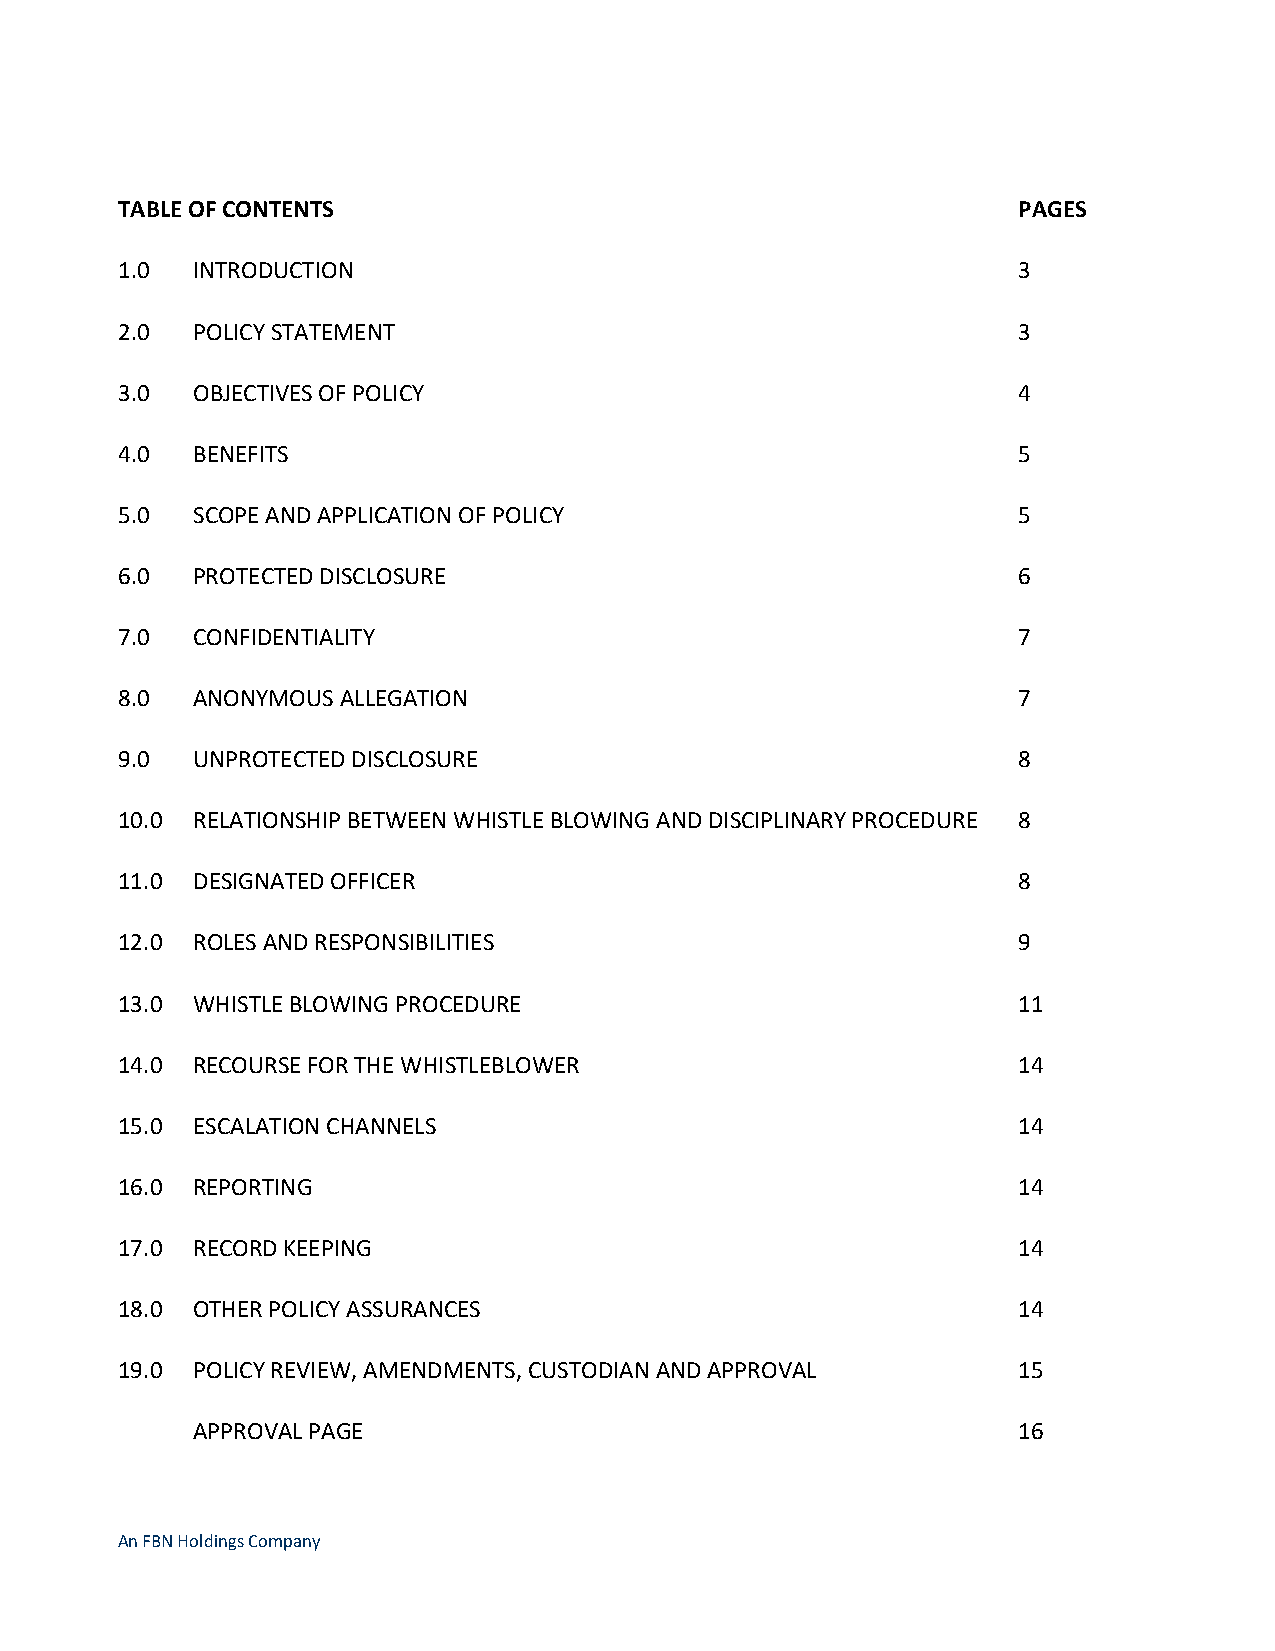
TABLE OF CONTENTS                                          PAGES
 1.0  INTRODUCTION                                          3
 2.0  POLICY STATEMENT                                      3
 3.0  OBJECTIVES OF POLICY                                  4
 4.0  BENEFITS                                              5
 5.0  SCOPE AND APPLICATION OF POLICY                       5
 6.0  PROTECTED DISCLOSURE                                  6
 7.0  CONFIDENTIALITY                                       7
 8.0  ANONYMOUS ALLEGATION                                  7
 9.0  UNPROTECTED DISCLOSURE                                8
 10.0 RELATIONSHIP BETWEEN WHISTLE BLOWING AND DISCIPLINARY PROCEDURE 8
 11.0 DESIGNATED OFFICER                                    8
 12.0 ROLES AND RESPONSIBILITIES                            9
 13.0 WHISTLE BLOWING PROCEDURE                             11
 14.0 RECOURSE FOR THE WHISTLEBLOWER                        14
 15.0 ESCALATION CHANNELS                                   14
 16.0 REPORTING                                             14
 17.0 RECORD KEEPING                                        14
 18.0 OTHER POLICY ASSURANCES                               14
 19.0 POLICY REVIEW, AMENDMENTS, CUSTODIAN AND APPROVAL     15
 APPROVAL PAGE                                         16
 An FBN Holdings Company